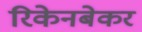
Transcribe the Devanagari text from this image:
रिकेनबेकर